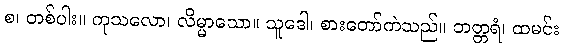
စ၊ တစ်ပါး။ ကုသလော၊ လိမ္မာသော။ သူဒေါ၊ စားတော်ကဲသည်။ ဘတ္တရံ၊ ထမင်း